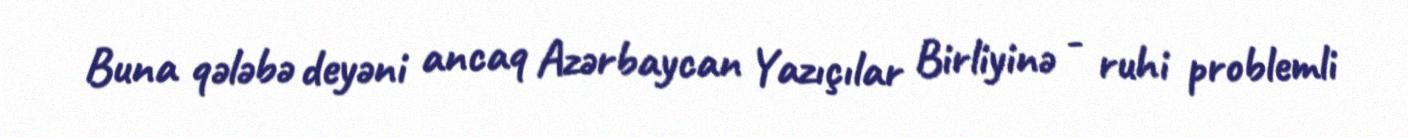
Buna qələbə deyəni ancaq Azərbaycan Yazıçılar Birliyinə - ruhi problemli